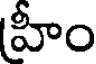
హీం